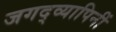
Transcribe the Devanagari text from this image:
जगद्व्यापिनीं